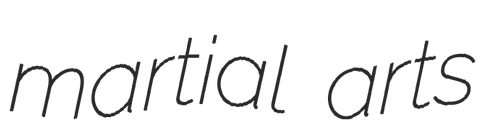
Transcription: martial arts